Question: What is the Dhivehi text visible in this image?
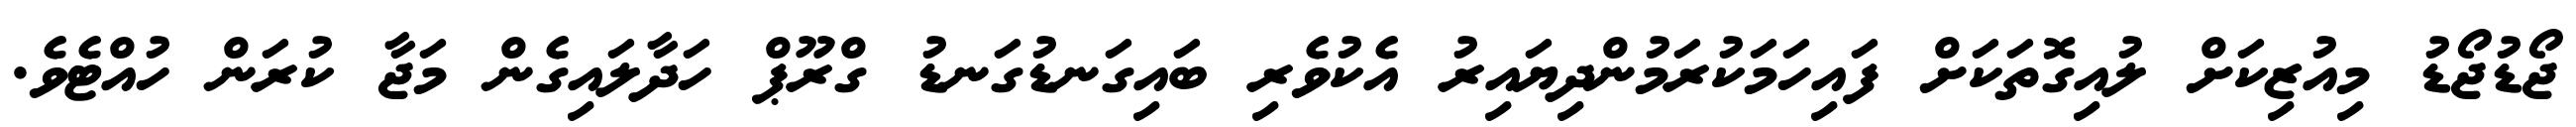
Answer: ޖޯޑުޖޯޑު މިއުޒިކަށް ލުއިގޮތަކަށް ފައިހަމަކުރަމުންދިޔައިރު އެކުވެރި ބައިގަނޑުގަނޑު ގްރޫޕް ހަދާލައިގެން މަޖާ ކުރަން ހުއްޓެވެ.